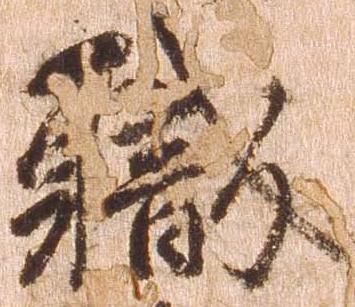
職